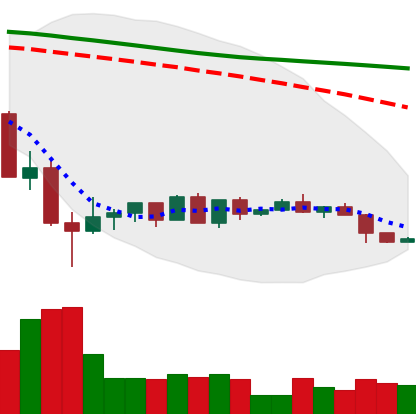
Ticker: LTC-USD
Chart end date: 2022-05-28
Forward return: 3.431%
Label: up_3_5